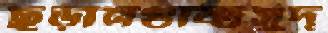
ছুড়ানগুষ্টিসুদ্